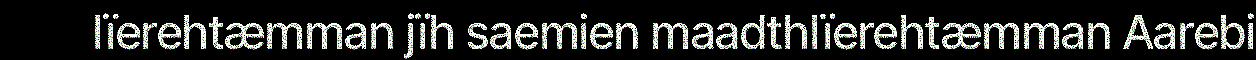
lïerehtæmman jïh saemien maadthlïerehtæmman Aarebi